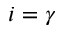
i = \gamma